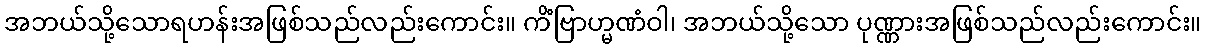
အဘယ်သို့သောရဟန်းအဖြစ်သည်လည်းကောင်း။ ကိံဗြာဟ္မဏံဝါ၊ အဘယ်သို့သော ပုဏ္ဏားအဖြစ်သည်လည်းကောင်း။